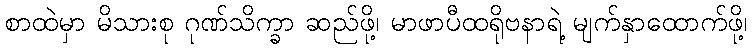
စာထဲမှာ မိသားစု ဂုဏ်သိက္ခာ ဆည်ဖို့၊ မာဖာပီထရိုဗနာရဲ့ မျက်နှာထောက်ဖို့၊